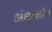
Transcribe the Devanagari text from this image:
अंक्षाशीय